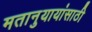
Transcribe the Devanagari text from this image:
मतानुयायांसाठी